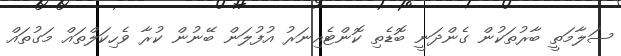
ސަލާމަތީ ބާރުތަކުން ގެންދަނީ ބޮޑެތި ކޮންޓެއިނަރު އުފުލަން ބޭނުން ކުރާ ވެހިކަލްތައް މަގުތައް